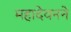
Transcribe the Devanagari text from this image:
महादेवनने